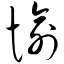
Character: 愉